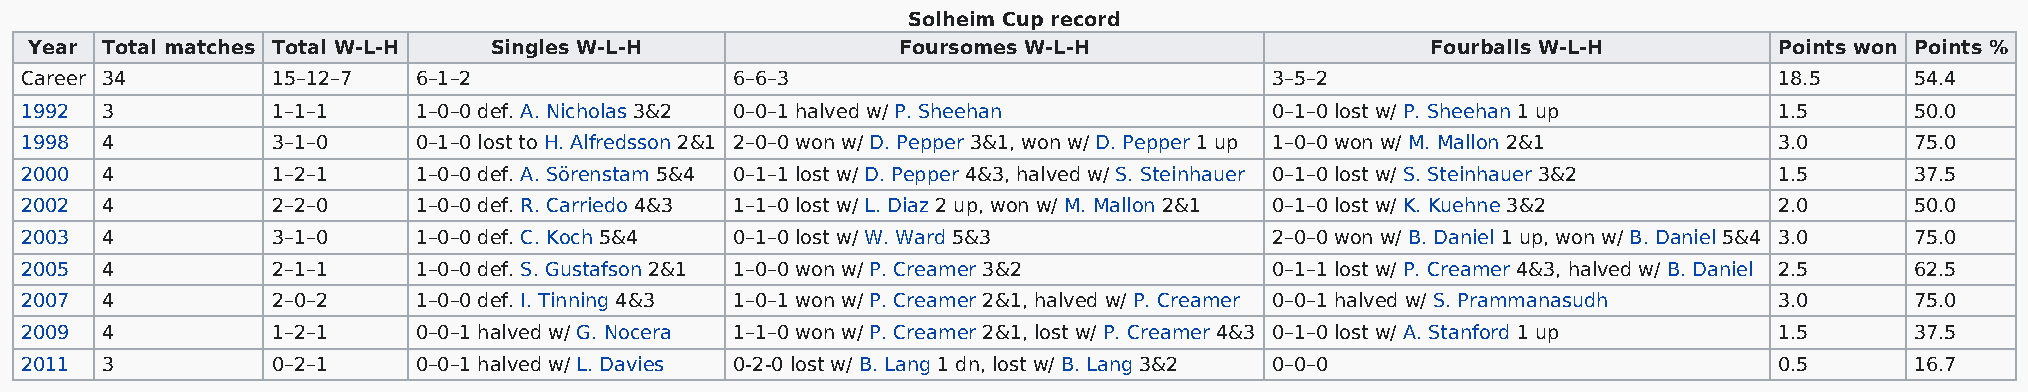
Solheim Cup record
 Year Total matches Total W-L-H Singles W-L-H             Foursomes W-L-H                     Fourballs W-L-H        Points won Points %
 Career 34        15–12–7  6–1–2                 6–6–3                              3–5–2                             18.5     54.4
 1992  3          1–1–1    1–0–0 def. A. Nicholas 3&2 0–0–1 halved w/ P. Sheehan    0–1–0 lost w/ P. Sheehan 1 up     1.5      50.0
 1998  4          3–1–0    0–1–0 lost to H. Alfredsson 2&1 2–0–0 won w/ D. Pepper 3&1, won w/ D. Pepper 1 up 1–0–0 won w/ M. Mallon 2&1 3.0 75.0
 2000  4          1–2–1    1–0–0 def. A. Sörenstam 5&4 0–1–1 lost w/ D. Pepper 4&3, halved w/ S. Steinhauer 0–1–0 lost w/ S. Steinhauer 3&2 1.5 37.5
 2002  4          2–2–0    1–0–0 def. R. Carriedo 4&3 1–1–0 lost w/ L. Diaz 2 up, won w/ M. Mallon 2&1 0–1–0 lost w/ K. Kuehne 3&2 2.0 50.0
 2003  4          3–1–0    1–0–0 def. C. Koch 5&4 0–1–0 lost w/ W. Ward 5&3         2–0–0 won w/ B. Daniel 1 up, won w/ B. Daniel 5&4 3.0 75.0
 2005  4          2–1–1    1–0–0 def. S. Gustafson 2&1 1–0–0 won w/ P. Creamer 3&2  0–1–1 lost w/ P. Creamer 4&3, halved w/ B. Daniel 2.5 62.5
 2007  4          2–0–2    1–0–0 def. I. Tinning 4&3 1–0–1 won w/ P. Creamer 2&1, halved w/ P. Creamer 0–0–1 halved w/ S. Prammanasudh 3.0 75.0
 2009  4          1–2–1    0–0–1 halved w/ G. Nocera 1–1–0 won w/ P. Creamer 2&1, lost w/ P. Creamer 4&3 0–1–0 lost w/ A. Stanford 1 up 1.5 37.5
 2011  3          0–2–1    0–0–1 halved w/ L. Davies 0-2-0 lost w/ B. Lang 1 dn, lost w/ B. Lang 3&2 0–0–0            0.5      16.7